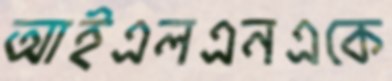
আইএলএনএকে